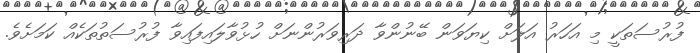
ފުރުސަތަކީ މި އަހަރު އަލަށް ކިޔަވަން ބޭނުންވާ ދަރިވަރުންނަށް ހުޅުވާލައިފައިވާ ފުރުސަތުތަކެއް ކަމަށެވެ.